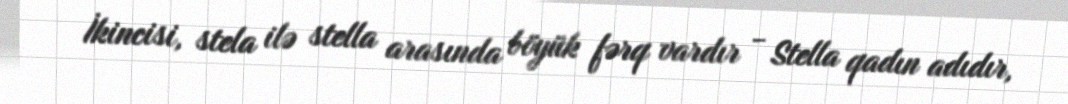
İkincisi, stela ilə stella arasında böyük fərq vardır - Stella qadın adıdır,